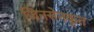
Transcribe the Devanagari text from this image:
जिनसेनकृत